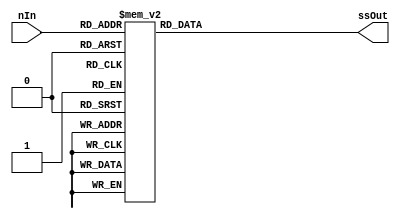
module sevensegdecoder_1(
	input [3:0] nIn,
	output reg [6:0] ssOut  
);
always @(nIn)
    case (nIn)
      4'h0: ssOut = 7'b1000000;
      4'h1: ssOut = 7'b1111001;
      4'h2: ssOut = 7'b0100100;
      4'h3: ssOut = 7'b0110000;
      4'h4: ssOut = 7'b0011001;
      4'h5: ssOut = 7'b0010010;
      4'h6: ssOut = 7'b0000010;
      4'h7: ssOut = 7'b1111000;
      4'h8: ssOut = 7'b0000000;
      4'h9: ssOut = 7'b0011000;
      4'hA: ssOut = 7'b0001000;
      4'hB: ssOut = 7'b0000011;
      4'hC: ssOut = 7'b1000110;
      4'hD: ssOut = 7'b0100001;
      4'hE: ssOut = 7'b0000110;
      4'hF: ssOut = 7'b0001110;
      default: ssOut = 7'b1001001;
    endcase
endmodule